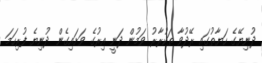
ދުނިޔޭގެ ހަޔާތުގައި ރޭދުވާ ތަކުރާރު ވަމުން ދަނީ އިރުގެ ވަށައިގެން ދުނިޔެ ފުރިހަމަ